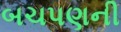
બચપણની